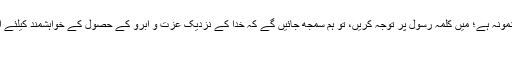
بتحقیق تمہارے لیے اللہ کے رسول میں بہترین نمونہ ہے؛ میں کلمہ رسول پر توجہ کریں، تو ہم سمجھ جائیں گے کہ خدا کے نزدیک عزت و آبرو کے حصول کے خواہشمند کیلئے آیت: یَا اَیُّهَا الَّذِینَ آمَنُوا اتَّقُوا اللَّـهَ وَابْتَغُوا اِلَیْهِ الْوَسِیلَةَ
[۲۰] مائده/سوره۵، آیه۳۵۔